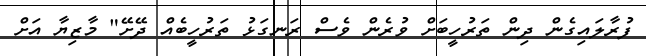
ފުރާލައިގެން ދިން ތަރުހީބަށް ވުރެން ވެސް ރަނގަޅު ތަރުހީބެއް ދޭށޭ" މާޒިޔާ އަށް